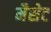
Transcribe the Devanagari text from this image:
मैसेट